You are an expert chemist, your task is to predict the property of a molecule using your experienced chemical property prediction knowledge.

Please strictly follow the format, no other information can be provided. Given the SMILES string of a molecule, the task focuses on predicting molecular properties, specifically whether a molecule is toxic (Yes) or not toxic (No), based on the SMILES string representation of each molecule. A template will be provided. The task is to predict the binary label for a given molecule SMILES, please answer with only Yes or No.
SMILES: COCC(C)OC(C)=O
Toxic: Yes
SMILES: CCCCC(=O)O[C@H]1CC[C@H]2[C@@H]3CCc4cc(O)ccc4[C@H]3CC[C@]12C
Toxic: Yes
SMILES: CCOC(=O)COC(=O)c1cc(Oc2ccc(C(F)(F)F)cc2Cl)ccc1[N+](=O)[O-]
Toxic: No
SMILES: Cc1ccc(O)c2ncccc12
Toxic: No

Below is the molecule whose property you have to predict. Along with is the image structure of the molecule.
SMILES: CO[C@@H]1[C@@H](O[C@@H]2O[C@H](C)[C@@H](O[C@H]3C[C@@](C)(O)[C@@H](OC(=O)CC(C)C)[C@H](C)O3)[C@H](N(C)C)[C@H]2O)[C@@H](CC=O)C[C@@H](C)[C@@H](O)C=CC=CC[C@@H](C)OC(=O)C[C@H]1O
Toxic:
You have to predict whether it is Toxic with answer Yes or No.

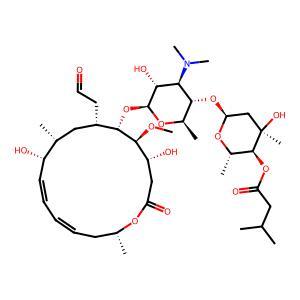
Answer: Yes